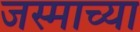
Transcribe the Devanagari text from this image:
जस्माच्या